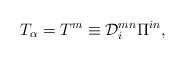
\begin{align*}T_\alpha=T^m\equiv{\cal D}_i^{mn}\Pi^{in},\end{align*}